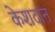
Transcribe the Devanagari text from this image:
केशदान